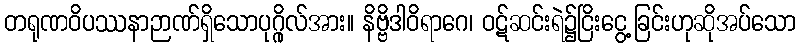
တရုဏဝိပဿနာဉာဏ်ရှိသောပုဂ္ဂိုလ်အား။ နိဗ္ဗိဒါဝိရာဂေ၊ ဝဋ်ဆင်းရဲ၌ငြိးငွေ့ခြင်းဟုဆိုအပ်သော